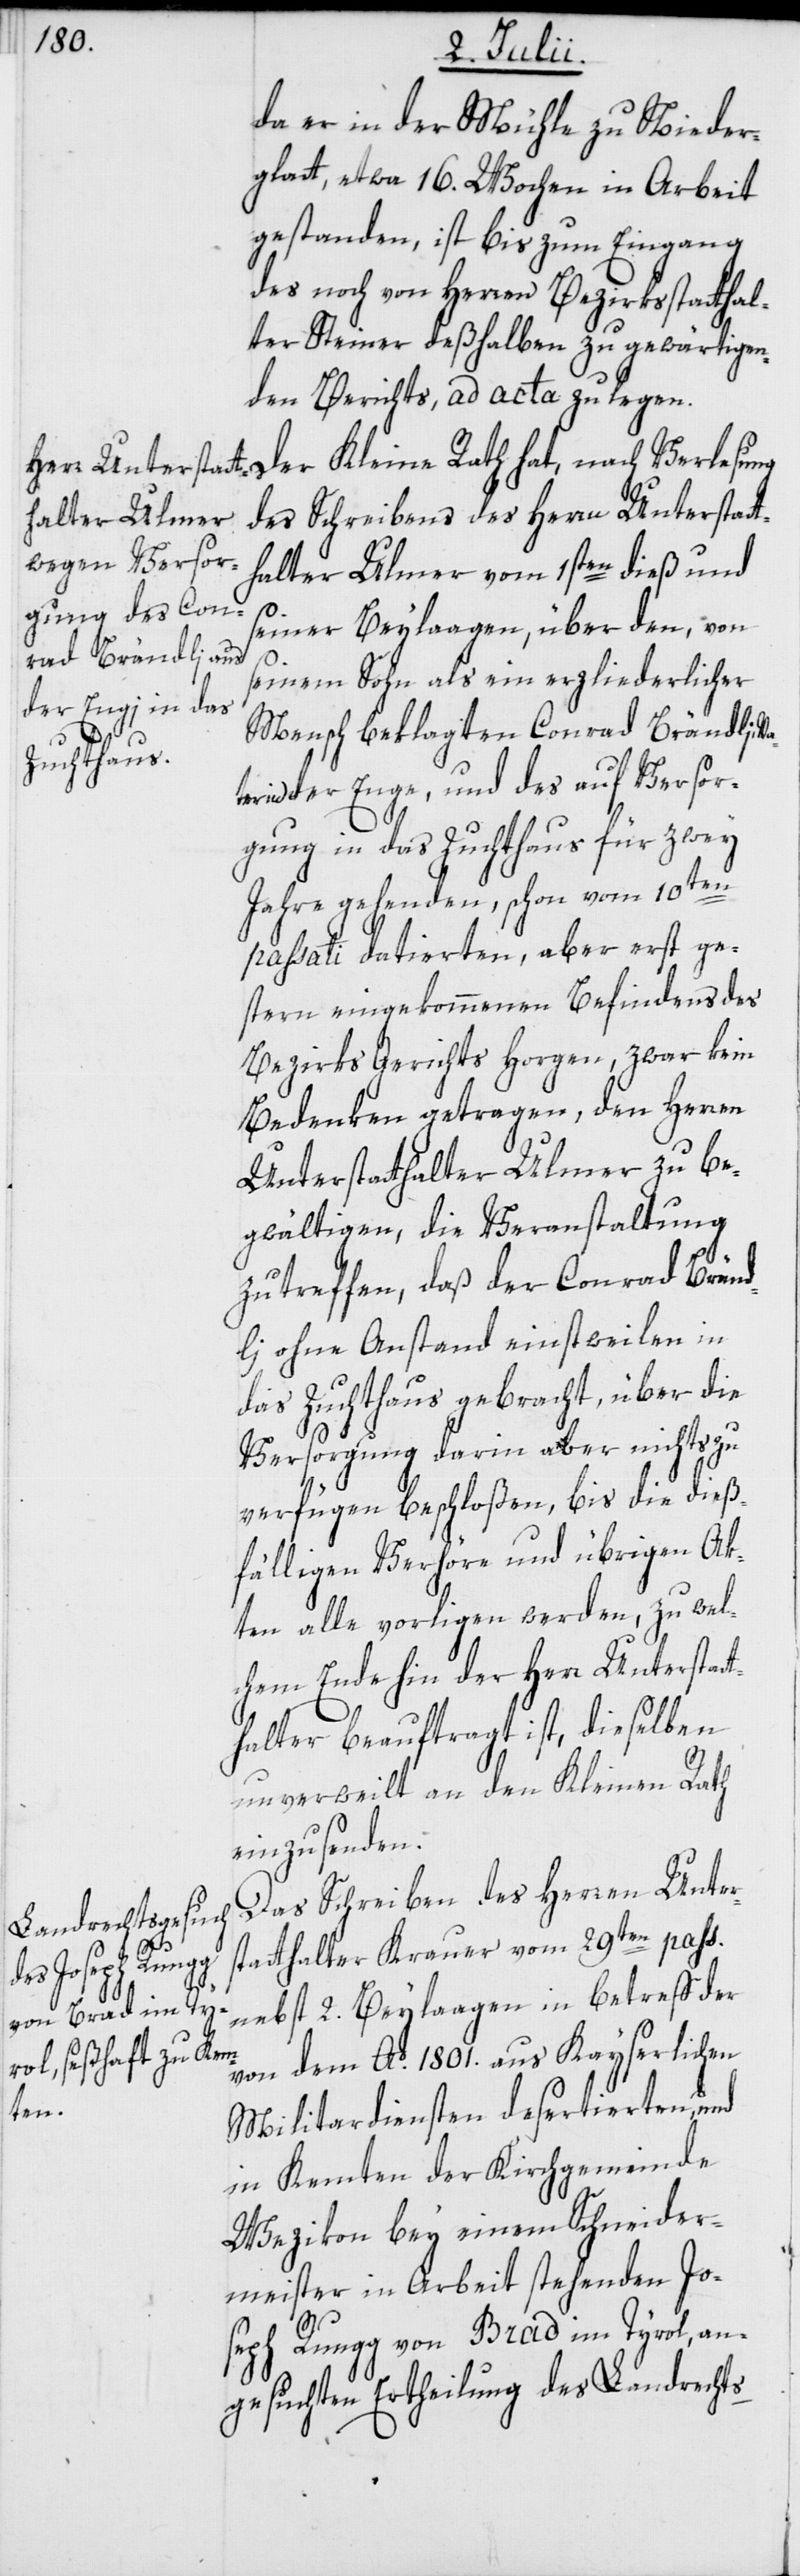
da er in der Mühle zu Nieder¬
glatt, etwa 16. Wochen in Arbeit
gestanden, ist bis zum Eingang
des noch von Herren Bezirksstatthal¬
ter Steiner deßhalben zu gewärtigen¬
den Berichts, ad acta zu legen.
des Schreibens des Herrn Unterstat¬
thalter Ulmer vom 1sten dieß und
seiner Beylaagen, über den, von
seinem Sohn als ein erzliederlicher
Mensch beklagten Conrad Brändli,
in der Enge, und des auf Versor¬
gung in das Zuchthaus für zwey
Jahre gehenden, schon vom 10ten
passati datierten, aber erst ge¬
stern eingekommenen Befindes des
Bezirks Gerichts Horgen, zwar kein
Bedenken getragen, den Herren
Unterstatthalter Ulmer zu be¬
gwältigen, die Veranstaltung
zu treffen, daß der Conrad Bränd¬
li ohne Anstand einstweilen in
das Zuchthaus gebracht, über die
Versorgung darin aber nichts zu
verfügen beschloßen, bis die dieß¬
fälligen Verhöre und übrigen Ak¬
ten alle vorligen werden, zu wel¬
chem Ende hin der Herr Unterstat¬
thalter beauftragt ist, dieselben
unverweilt an den Kleinen Rath
einzusenden.
Das Schreiben des Herren Unter¬
statthalter Krauer vom 29ten pass.
nebst 2. Beylaagen in betreff der
von dem Ao. 1801. aus Kayserlichen
Militardiensten desertierten, und
in Kemten der Kirchgemeinde
Wezikon bey einem Schneider¬
meister in Arbeit stehenden Jo¬
seph Rungg von Brad im Tyrol, an¬
gesuchten Ertheilung des Landrechts